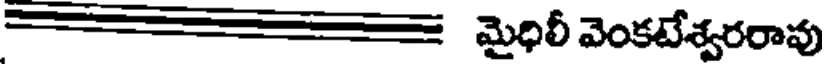
మైధిలీ వెంకటేశ్వరరావు